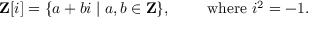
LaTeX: \mathbf { Z } [ i ] = \{ a + b i \mid a , b \in \mathbf { Z } \} , \qquad { \mathrm { ~ w h e r e ~ } } i ^ { 2 } = - 1 .